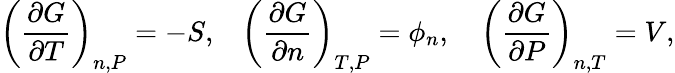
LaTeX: \left(\frac{\partial G}{\partial T}\right)_{n,P}=-S,\, \, \, \, \, \left(\frac{\partial G}{\partial n}\right)_{T,P}=\phi_{n},\, \, \, \, \, \, \left(\frac{\partial G}{\partial P}\right)_{n,T}=V,